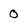
Character: 0